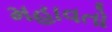
મહાવતો